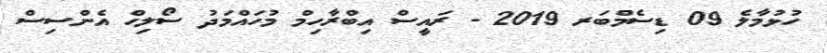
ހުޅުމާލެ 09 ޑިސެމްބަރ 2019 - ރައީސް އިބްރާހިމް މުހައްމަދު ސޯލިހް އެންސިސް